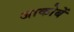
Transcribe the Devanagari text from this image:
जाकोबें